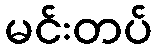
မင်းတပ်